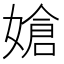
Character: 𪦔